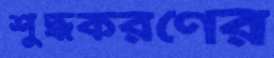
শুদ্ধকরণের